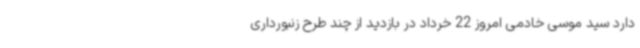
دارد سید موسی خادمی امروز 22 خرداد در بازدید از چند طرح زنبورداری